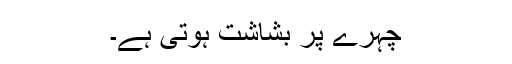
چہرے پر بشاشت ہوتی ہے۔